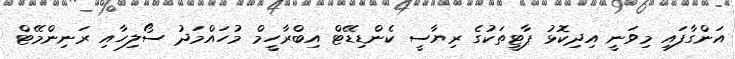
އަންގާފައި މިވަނީ އިދިކޮޅު ޕާޓީތަކުގެ ރިޔާސީ ކެންޑިޑޭޓް އިބްރާހީމް މުހައްމަދު ސޯލިހާއި ރަނިންމޭޓް